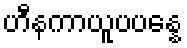
ဟီနကာယူပပန္နေ